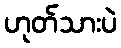
ဟုတ်သားပဲ